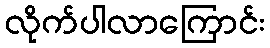
လိုက်ပါလာကြောင်း